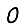
Digit: 0